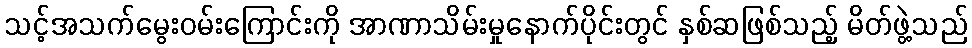
သင့်အသက်မွေးဝမ်းကြောင်းကို အာဏာသိမ်းမှုနောက်ပိုင်းတွင် နှစ်ဆဖြစ်သည့် မိတ်ဖွဲ့သည်